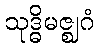
သုဒ္ဓိမဇ္ဈဂံ